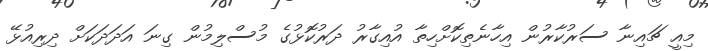
މިއީ ޗައިނާ ސަރުކާރުން އިހާނެތިކޮށްހިތާ އުއިގާރު ދަރުކޮޅުގެ މުސްލިމުން ގިނަ އަދަދަކަށް ދިރިއުޅޭ